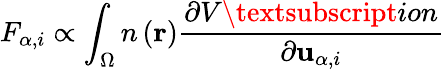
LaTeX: F_{\alpha,i}\propto\int_{\Omega}n\left(\mathbf{r}\right)\frac{\partial V\textsubscript{ion}}{\partial\mathbf{u}_{\alpha,i}}